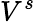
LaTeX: V^{s}